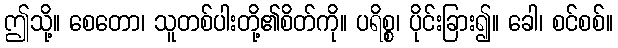
ဤသို့။ စေတော၊ သူတစ်ပါးတို့၏စိတ်ကို။ ပရိစ္စ၊ ပိုင်းခြား၍။ ခေါ၊ စင်စစ်။